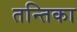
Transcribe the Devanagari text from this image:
तन्तिका